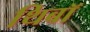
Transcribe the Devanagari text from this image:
थिबॉ